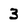
Character: 3